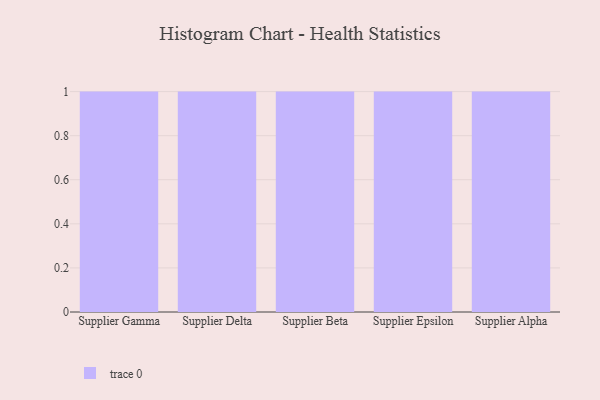
{"axis": {"x": "Supplier", "y": "Backlog"}, "legend": [""], "data": [{"x": "Supplier Gamma", "y": 42, "type": ""}, {"x": "Supplier Delta", "y": 78, "type": ""}, {"x": "Supplier Beta", "y": 44, "type": ""}, {"x": "Supplier Epsilon", "y": 85, "type": ""}, {"x": "Supplier Alpha", "y": 11, "type": ""}]}